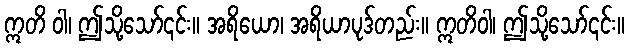
ဣတိ ဝါ၊ ဤသို့သော်၎င်း။ အရိယော၊ အရိယာပုဒ်တည်း။ ဣတိဝါ၊ ဤသို့သော်၎င်း။